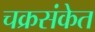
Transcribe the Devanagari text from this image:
चक्रसंकेत